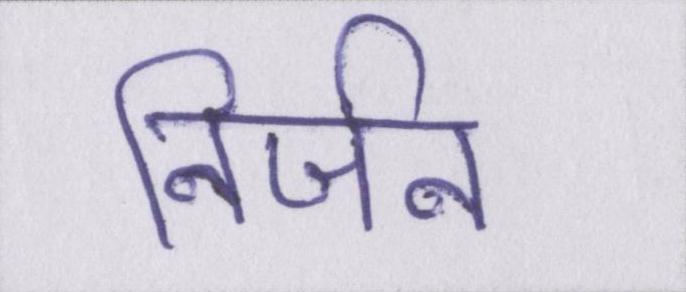
निर्जन